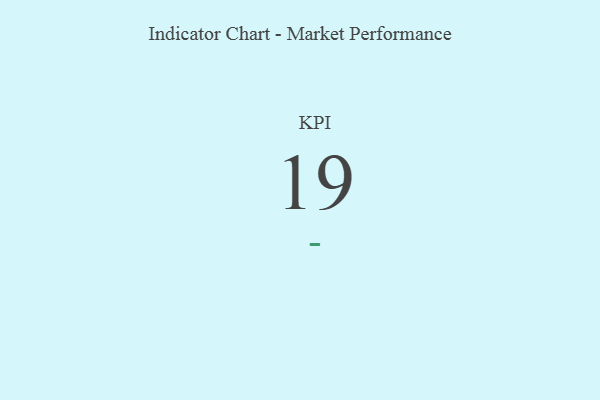
{"axis": {"x": "KPI", "y": "Value"}, "legend": [""], "data": [{"x": "KPI", "y": 19, "type": ""}]}